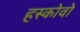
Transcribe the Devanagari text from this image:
हस्कोवो